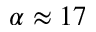
\alpha \approx 1 7